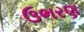
ઉભરણ